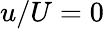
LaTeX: u/U=0